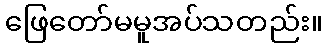
ဖြေတော်မမူအပ်သတည်း။